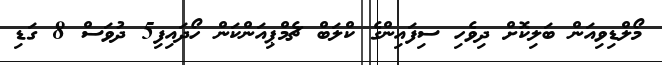
މޯލްޑިވިއަން ބަލިކޮށް ދިވެހި ސިފައިންގެ ކްލަބް ޗެމްޕިއަންކަން ހޯދައިފި5 ދުވަސް 8 ގަޑި